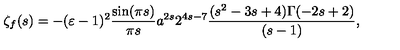
\zeta _ { f } ( s ) = - ( \varepsilon - 1 ) ^ { 2 } \frac { \sin ( \pi s ) } { \pi s } a ^ { 2 s } 2 ^ { 4 s - 7 } \frac { ( s ^ { 2 } - 3 s + 4 ) \Gamma ( - 2 s + 2 ) } { ( s - 1 ) } ,